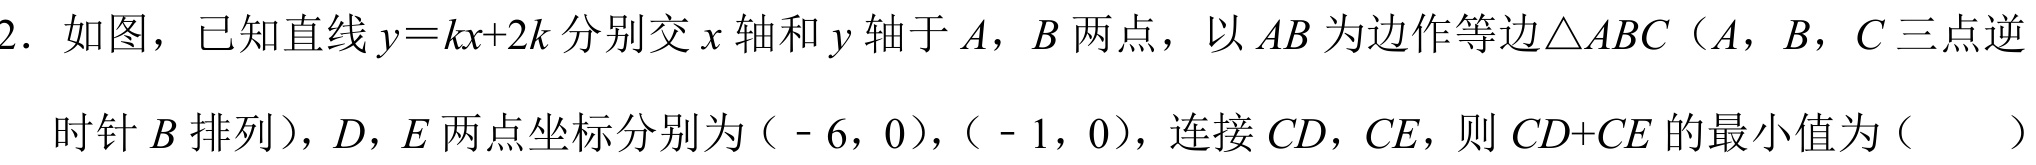
2. 如图，已知直线\(y = kx + 2k\)分别交\(x\)轴和\(y\)轴于\(A\)，\(B\)两点，以\(AB\)为边作等边\(\triangle ABC\)（\(A\)，\(B\)，\(C\)三点逆
时针\(B\)排列），\(D\)，\(E\)两点坐标分别为（\(-6,0\)），（\(-1,0\)），连接\(CD\)，\(CE\)，则\(CD + CE\)的最小值为（  ）